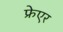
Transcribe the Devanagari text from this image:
फ्रेएर